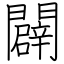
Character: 闢